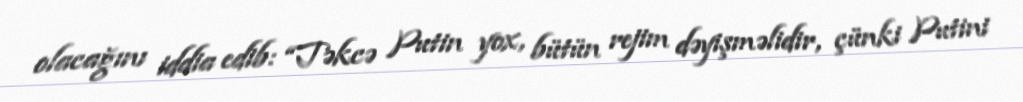
olacağını iddia edib: “Təkcə Putin yox, bütün rejim dəyişməlidir, çünki Putini